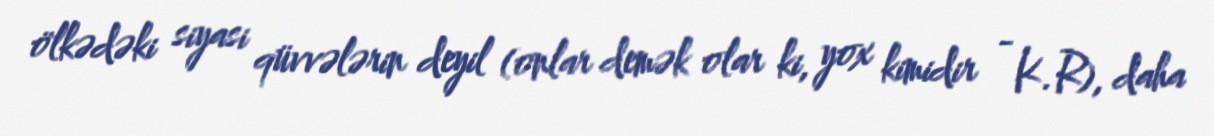
ölkədəki siyasi qüvvələrin deyil (onlar demək olar ki, yox kimidir - K.R), daha